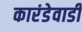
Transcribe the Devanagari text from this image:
कारंडेवाडी